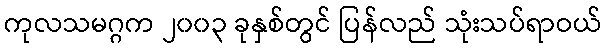
ကုလသမဂ္ဂက ၂၀၀၃ ခုနှစ်တွင် ပြန်လည် သုံးသပ်ရာဝယ်